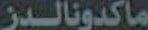
ماكدونالدز